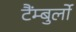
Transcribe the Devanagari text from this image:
टैंम्बुर्लो